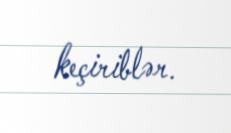
keçiriblər.